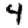
Digit: 4